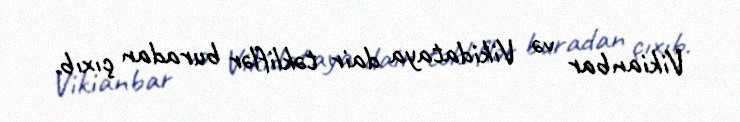
Vikianbar və Vikidataya dair təkliflər buradan çıxıb.